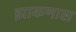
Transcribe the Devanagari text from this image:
झाकणास